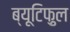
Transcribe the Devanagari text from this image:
ब्यूटिफ़ुल